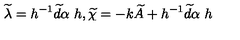
\widetilde { \lambda } = h ^ { - 1 } \widetilde { d } \alpha \ h , \widetilde { \chi } = - k \widetilde { A } + h ^ { - 1 } \widetilde { d } \alpha \ h